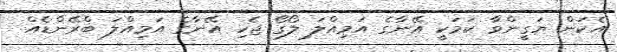
އެކަން ޔަގީންވާ ކަމަކީ އޭނާގެ އަމިއްލަ ލޯގޯ ޖެހި އޭނާގެ އަމިއްލަ ބްރޭންޑެއް